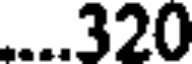
....320